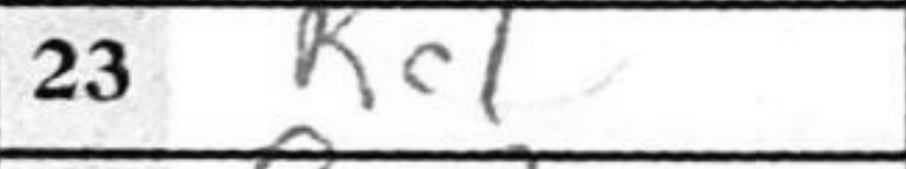
Transcription: Rc1